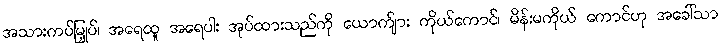
အသားကပ်မြှုပ်၊ အရေထူ အရေပါး အုပ်ထားသည်ကို ယောက်ျား ကိုယ်ကောင်၊ မိန်းမကိုယ် ကောင်ဟု အခေါ်သာ